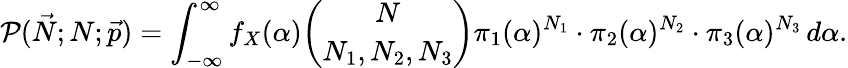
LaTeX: \mathcal{P}(\vec{N};N;\vec{p})=\int_{-\infty}^{\infty}f_{X}(\alpha)\binom{N}{N_{1},N_{2},N_{3}}{\pi}_{1}(\alpha)^{N_{1}}\cdot{\pi}_{2}(\alpha)^{N_{2}}\cdot{\pi}_{3}(\alpha)^{N_{3}}\, d\alpha.